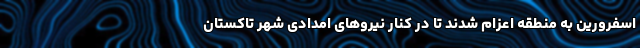
اسفرورین به منطقه اعزام شدند تا در کنار نیروهای امدادی شهر تاکستان